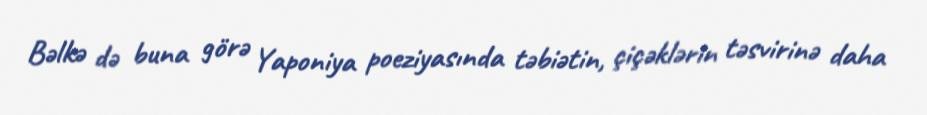
Bəlkə də buna görə Yaponiya poeziyasında təbiətin, çiçəklərin təsvirinə daha